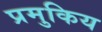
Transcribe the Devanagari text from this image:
प्रमुकिय